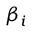
\beta _ { i }